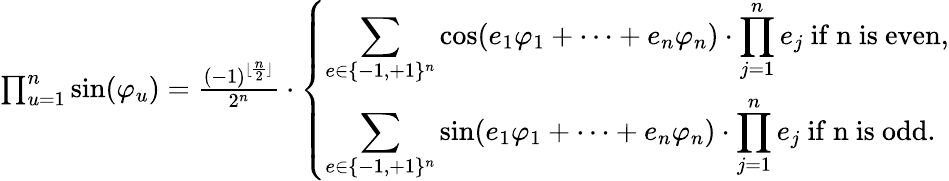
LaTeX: \begin{array}{r}{\prod_{u=1}^{n}\sin(\varphi_{u})=\frac{(-1)^{\lfloor\frac{n}{2}\rfloor}}{2^{n}}\cdot\left\{ \begin{array}{ll}{\displaystyle\sum_{e\in\{ -1,+1\} ^{n}}\cos(e_{1}\varphi_{1}+\dots+e_{n}\varphi_{n})\cdot\prod_{j=1}^{n}e_{j}\ \mathrm{if~n~is~even},}\\ {\displaystyle\sum_{e\in\{ -1,+1\} ^{n}}\sin(e_{1}\varphi_{1}+\dots+e_{n}\varphi_{n})\cdot\prod_{j=1}^{n}e_{j}\ \mathrm{if~n~is~odd.}}\end{array}\right.}\end{array}